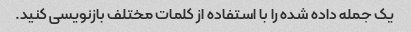
یک جمله داده شده را با استفاده از کلمات مختلف بازنویسی کنید.